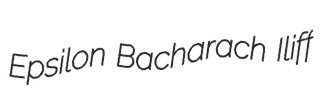
Epsilon Bacharach Iliff